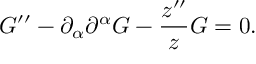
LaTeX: { \cal G } ^ { \prime \prime } - \partial _ { \alpha } \partial ^ { \alpha } { \cal G } - \frac { z ^ { \prime \prime } } { z } { \cal G } = 0 .